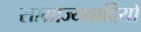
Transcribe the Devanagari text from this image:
साग्राज्यवादियों